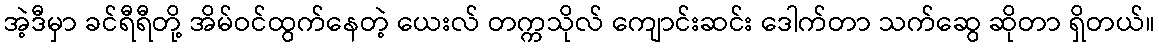
အဲ့ဒီမှာ ခင်ရီရီတို့ အိမ်ဝင်ထွက်နေတဲ့ ယေးလ် တက္ကသိုလ် ကျောင်းဆင်း ဒေါက်တာ သက်ဆွေ ဆိုတာ ရှိတယ်။